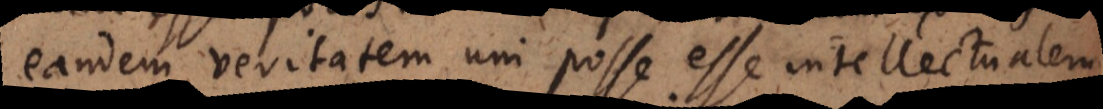
eandem veritatem uni posse esse intellectualem,